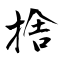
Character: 捨